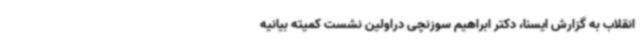
انقلاب به گزارش ایسنا، دکتر ابراهیم سوزنچی دراولین نشست کمیته بیانیه